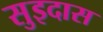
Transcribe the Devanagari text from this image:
सुइदास